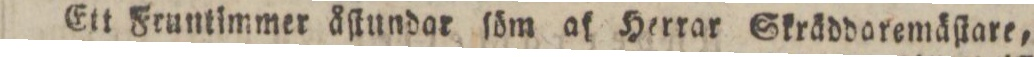
Ett Fruntimmer åſtundar ſöm af Herrar Skräddaremäſtare=